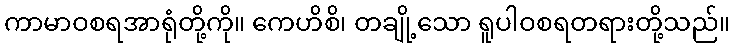
ကာမာဝစရအာရုံတို့ကို။ ကေဟိစိ၊ တချို့သော ရူပါဝစရတရားတို့သည်။